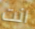
انت